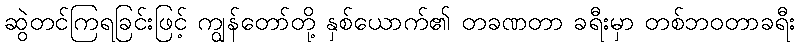
ဆွဲတင်ကြရခြင်းဖြင့် ကျွန်တော်တို့ နှစ်ယောက်၏ တခဏတာ ခရီးမှာ တစ်ဘဝတာခရီး